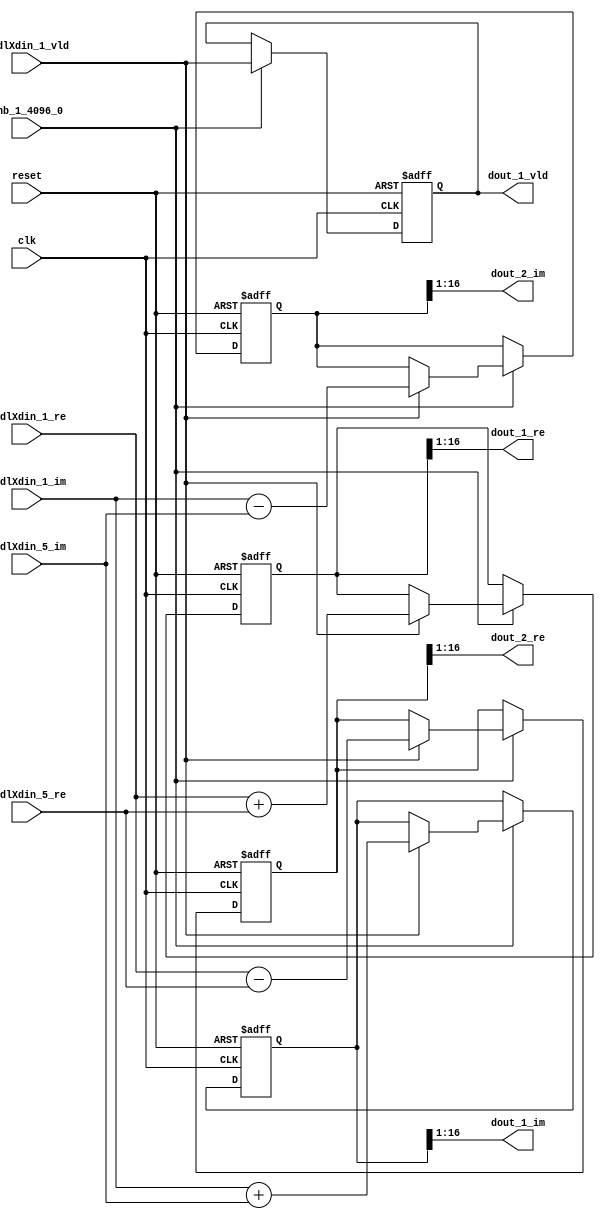
// -------------------------------------------------------------
// 
// 
// Generated by MATLAB 9.14 and HDL Coder 4.1
// 
// -------------------------------------------------------------


// -------------------------------------------------------------
// 
// Module: RADIX22FFT_SDNF1_5
// Source Path: dsphdl.IFFT/RADIX22FFT_SDNF1_5
// Hierarchy Level: 4
// 
// -------------------------------------------------------------

`timescale 1 ns / 1 ns

module RADIX22FFT_SDNF1_5
          (clk,
           reset,
           enb_1_4096_0,
           twdlXdin_1_re,
           twdlXdin_1_im,
           twdlXdin_5_re,
           twdlXdin_5_im,
           twdlXdin_1_vld,
           dout_1_re,
           dout_1_im,
           dout_2_re,
           dout_2_im,
           dout_1_vld);


  input   clk;
  input   reset;
  input   enb_1_4096_0;
  input   signed [15:0] twdlXdin_1_re;  // sfix16_En14
  input   signed [15:0] twdlXdin_1_im;  // sfix16_En14
  input   signed [15:0] twdlXdin_5_re;  // sfix16_En14
  input   signed [15:0] twdlXdin_5_im;  // sfix16_En14
  input   twdlXdin_1_vld;
  output  signed [15:0] dout_1_re;  // sfix16_En14
  output  signed [15:0] dout_1_im;  // sfix16_En14
  output  signed [15:0] dout_2_re;  // sfix16_En14
  output  signed [15:0] dout_2_im;  // sfix16_En14
  output  dout_1_vld;


  reg signed [16:0] Radix22ButterflyG1_NF_btf1_re_reg;  // sfix17
  reg signed [16:0] Radix22ButterflyG1_NF_btf1_im_reg;  // sfix17
  reg signed [16:0] Radix22ButterflyG1_NF_btf2_re_reg;  // sfix17
  reg signed [16:0] Radix22ButterflyG1_NF_btf2_im_reg;  // sfix17
  reg  Radix22ButterflyG1_NF_dinXtwdl_vld_dly1;
  reg signed [16:0] Radix22ButterflyG1_NF_btf1_re_reg_next;  // sfix17_En14
  reg signed [16:0] Radix22ButterflyG1_NF_btf1_im_reg_next;  // sfix17_En14
  reg signed [16:0] Radix22ButterflyG1_NF_btf2_re_reg_next;  // sfix17_En14
  reg signed [16:0] Radix22ButterflyG1_NF_btf2_im_reg_next;  // sfix17_En14
  reg  Radix22ButterflyG1_NF_dinXtwdl_vld_dly1_next;
  reg signed [15:0] dout_1_re_1;  // sfix16_En14
  reg signed [15:0] dout_1_im_1;  // sfix16_En14
  reg signed [15:0] dout_2_re_1;  // sfix16_En14
  reg signed [15:0] dout_2_im_1;  // sfix16_En14
  reg  dout_1_vld_1;
  reg signed [16:0] Radix22ButterflyG1_NF_add_cast;  // sfix17_En14
  reg signed [16:0] Radix22ButterflyG1_NF_add_cast_0;  // sfix17_En14
  reg signed [16:0] Radix22ButterflyG1_NF_sra_temp;  // sfix17_En14
  reg signed [16:0] Radix22ButterflyG1_NF_sub_cast;  // sfix17_En14
  reg signed [16:0] Radix22ButterflyG1_NF_sub_cast_0;  // sfix17_En14
  reg signed [16:0] Radix22ButterflyG1_NF_sra_temp_0;  // sfix17_En14
  reg signed [16:0] Radix22ButterflyG1_NF_add_cast_1;  // sfix17_En14
  reg signed [16:0] Radix22ButterflyG1_NF_add_cast_2;  // sfix17_En14
  reg signed [16:0] Radix22ButterflyG1_NF_sra_temp_1;  // sfix17_En14
  reg signed [16:0] Radix22ButterflyG1_NF_sub_cast_1;  // sfix17_En14
  reg signed [16:0] Radix22ButterflyG1_NF_sub_cast_2;  // sfix17_En14
  reg signed [16:0] Radix22ButterflyG1_NF_sra_temp_2;  // sfix17_En14


  // Radix22ButterflyG1_NF
  always @(posedge clk or posedge reset)
    begin : Radix22ButterflyG1_NF_process
      if (reset == 1'b1) begin
        Radix22ButterflyG1_NF_btf1_re_reg <= 17'sb00000000000000000;
        Radix22ButterflyG1_NF_btf1_im_reg <= 17'sb00000000000000000;
        Radix22ButterflyG1_NF_btf2_re_reg <= 17'sb00000000000000000;
        Radix22ButterflyG1_NF_btf2_im_reg <= 17'sb00000000000000000;
        Radix22ButterflyG1_NF_dinXtwdl_vld_dly1 <= 1'b0;
      end
      else begin
        if (enb_1_4096_0) begin
          Radix22ButterflyG1_NF_btf1_re_reg <= Radix22ButterflyG1_NF_btf1_re_reg_next;
          Radix22ButterflyG1_NF_btf1_im_reg <= Radix22ButterflyG1_NF_btf1_im_reg_next;
          Radix22ButterflyG1_NF_btf2_re_reg <= Radix22ButterflyG1_NF_btf2_re_reg_next;
          Radix22ButterflyG1_NF_btf2_im_reg <= Radix22ButterflyG1_NF_btf2_im_reg_next;
          Radix22ButterflyG1_NF_dinXtwdl_vld_dly1 <= Radix22ButterflyG1_NF_dinXtwdl_vld_dly1_next;
        end
      end
    end

  always @(Radix22ButterflyG1_NF_btf1_im_reg, Radix22ButterflyG1_NF_btf1_re_reg,
       Radix22ButterflyG1_NF_btf2_im_reg, Radix22ButterflyG1_NF_btf2_re_reg,
       Radix22ButterflyG1_NF_dinXtwdl_vld_dly1, twdlXdin_1_im, twdlXdin_1_re,
       twdlXdin_1_vld, twdlXdin_5_im, twdlXdin_5_re) begin
    Radix22ButterflyG1_NF_add_cast = 17'sb00000000000000000;
    Radix22ButterflyG1_NF_add_cast_0 = 17'sb00000000000000000;
    Radix22ButterflyG1_NF_sub_cast = 17'sb00000000000000000;
    Radix22ButterflyG1_NF_sub_cast_0 = 17'sb00000000000000000;
    Radix22ButterflyG1_NF_add_cast_1 = 17'sb00000000000000000;
    Radix22ButterflyG1_NF_add_cast_2 = 17'sb00000000000000000;
    Radix22ButterflyG1_NF_sub_cast_1 = 17'sb00000000000000000;
    Radix22ButterflyG1_NF_sub_cast_2 = 17'sb00000000000000000;
    Radix22ButterflyG1_NF_btf1_re_reg_next = Radix22ButterflyG1_NF_btf1_re_reg;
    Radix22ButterflyG1_NF_btf1_im_reg_next = Radix22ButterflyG1_NF_btf1_im_reg;
    Radix22ButterflyG1_NF_btf2_re_reg_next = Radix22ButterflyG1_NF_btf2_re_reg;
    Radix22ButterflyG1_NF_btf2_im_reg_next = Radix22ButterflyG1_NF_btf2_im_reg;
    Radix22ButterflyG1_NF_dinXtwdl_vld_dly1_next = twdlXdin_1_vld;
    if (twdlXdin_1_vld) begin
      Radix22ButterflyG1_NF_add_cast = {twdlXdin_1_re[15], twdlXdin_1_re};
      Radix22ButterflyG1_NF_add_cast_0 = {twdlXdin_5_re[15], twdlXdin_5_re};
      Radix22ButterflyG1_NF_btf1_re_reg_next = Radix22ButterflyG1_NF_add_cast + Radix22ButterflyG1_NF_add_cast_0;
      Radix22ButterflyG1_NF_sub_cast = {twdlXdin_1_re[15], twdlXdin_1_re};
      Radix22ButterflyG1_NF_sub_cast_0 = {twdlXdin_5_re[15], twdlXdin_5_re};
      Radix22ButterflyG1_NF_btf2_re_reg_next = Radix22ButterflyG1_NF_sub_cast - Radix22ButterflyG1_NF_sub_cast_0;
      Radix22ButterflyG1_NF_add_cast_1 = {twdlXdin_1_im[15], twdlXdin_1_im};
      Radix22ButterflyG1_NF_add_cast_2 = {twdlXdin_5_im[15], twdlXdin_5_im};
      Radix22ButterflyG1_NF_btf1_im_reg_next = Radix22ButterflyG1_NF_add_cast_1 + Radix22ButterflyG1_NF_add_cast_2;
      Radix22ButterflyG1_NF_sub_cast_1 = {twdlXdin_1_im[15], twdlXdin_1_im};
      Radix22ButterflyG1_NF_sub_cast_2 = {twdlXdin_5_im[15], twdlXdin_5_im};
      Radix22ButterflyG1_NF_btf2_im_reg_next = Radix22ButterflyG1_NF_sub_cast_1 - Radix22ButterflyG1_NF_sub_cast_2;
    end
    Radix22ButterflyG1_NF_sra_temp = Radix22ButterflyG1_NF_btf1_re_reg >>> 8'd1;
    dout_1_re_1 = Radix22ButterflyG1_NF_sra_temp[15:0];
    Radix22ButterflyG1_NF_sra_temp_0 = Radix22ButterflyG1_NF_btf1_im_reg >>> 8'd1;
    dout_1_im_1 = Radix22ButterflyG1_NF_sra_temp_0[15:0];
    Radix22ButterflyG1_NF_sra_temp_1 = Radix22ButterflyG1_NF_btf2_re_reg >>> 8'd1;
    dout_2_re_1 = Radix22ButterflyG1_NF_sra_temp_1[15:0];
    Radix22ButterflyG1_NF_sra_temp_2 = Radix22ButterflyG1_NF_btf2_im_reg >>> 8'd1;
    dout_2_im_1 = Radix22ButterflyG1_NF_sra_temp_2[15:0];
    dout_1_vld_1 = Radix22ButterflyG1_NF_dinXtwdl_vld_dly1;
  end



  assign dout_1_re = dout_1_re_1;

  assign dout_1_im = dout_1_im_1;

  assign dout_2_re = dout_2_re_1;

  assign dout_2_im = dout_2_im_1;

  assign dout_1_vld = dout_1_vld_1;

endmodule  // RADIX22FFT_SDNF1_5